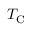
T _ { \mathrm { C } }